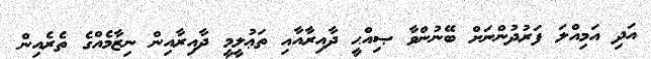
އަދި އަމިއްލަ ފަރުދުންނަށް ބޭނުންވާ ޞިއްޙީ ދާއިރާއާއި ތަޢުލީމީ ދާއިރާއިން ނިޒާމެއްގެ ތެރެއިން